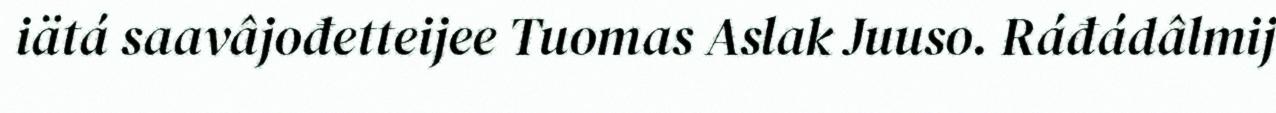
iätá saavâjođetteijee Tuomas Aslak Juuso. Ráđádâlmij